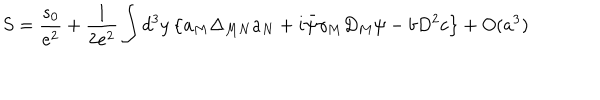
S = \frac { s _ { 0 } } { e ^ { 2 } } + \frac { 1 } { 2 e ^ { 2 } } \int d ^ { 3 } y \left\{ a _ { M } \Delta _ { M N } a _ { N } + i \bar { \psi } \gamma _ { M } D _ { M } \psi - b D ^ { 2 } c \right\} + O ( a ^ { 3 } )